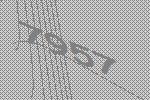
7957